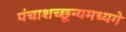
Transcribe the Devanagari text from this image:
पंचाशच्छून्यमध्यगे